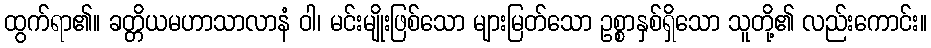
ထွက်ရာ၏။ ခတ္တိယမဟာသာလာနံ ဝါ၊ မင်းမျိုးဖြစ်သော များမြတ်သော ဥစ္စာနှစ်ရှိသော သူတို့၏ လည်းကောင်း။